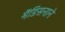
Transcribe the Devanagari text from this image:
मॅडिसनाने